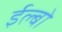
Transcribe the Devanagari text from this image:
ईल्बो